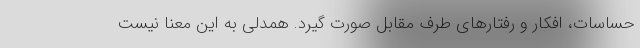
حساسات، افکار و رفتارهای طرف مقابل صورت گیرد. همدلی به این معنا نیست